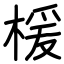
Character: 楥